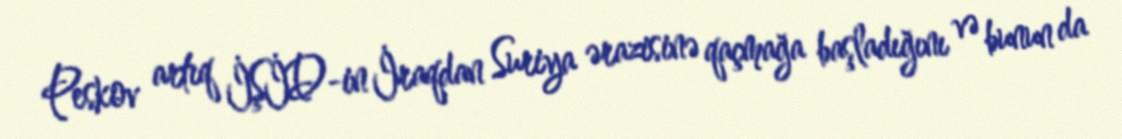
Peskov artıq İŞİD-in İraqdan Suriya ərazisinə qaçmağa başladığını və bunun da